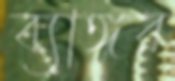
ব্যাঙ্গর